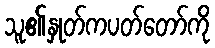
သူ၏နှုတ်ကပတ်တော်ကို